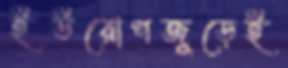
ইউরোপজুড়েই